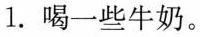
1.喝一些牛奶。